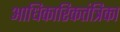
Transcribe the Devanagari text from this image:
आधिकारिकतंत्रिका